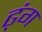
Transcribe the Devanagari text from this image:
ढ्ंग